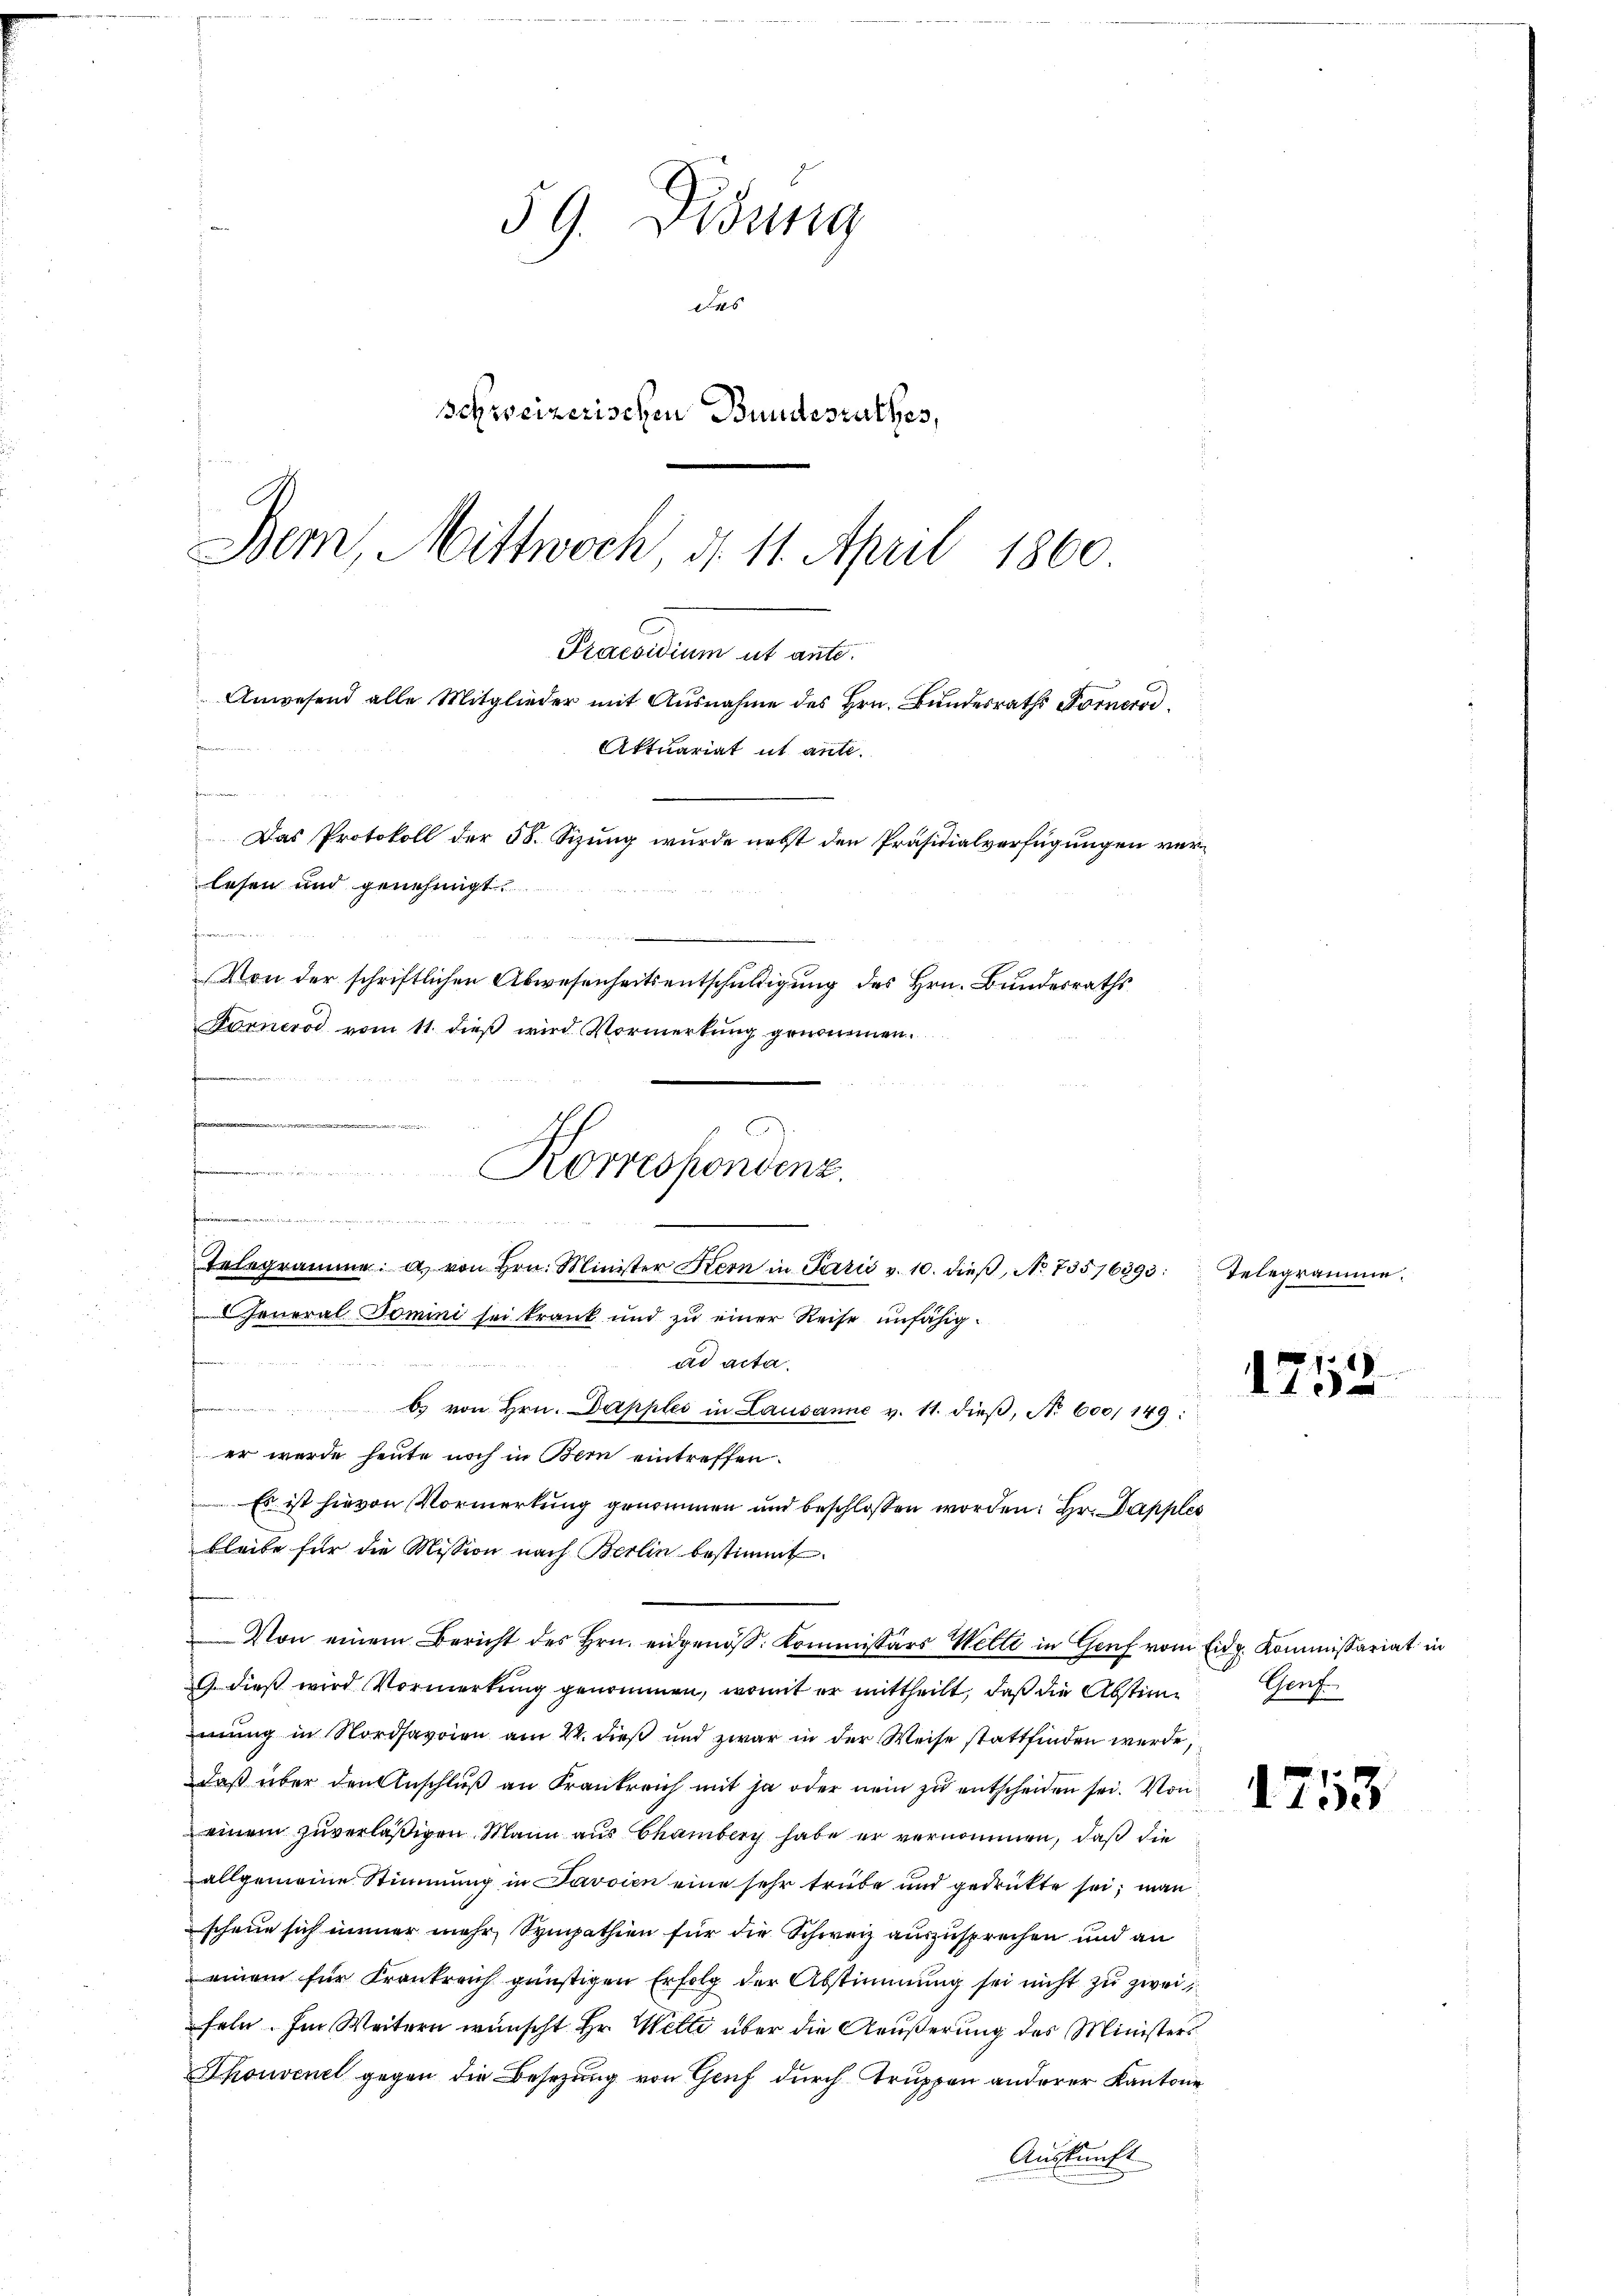
59. Didung
des
schweizerischen Bundesrathes,
Bem, Mittwoch, d. 11. April 1860

s
Praesidium ut ante.
Anwesend alle Mitglieder mit Ausnahme des Hrn. Bundesraths Fornerod
d
Aktuariat ut ante.

Das Protokoll der 58. Sizung wurde nebst den Präsidialverfügungen verlesen und genehmigt.
Von der schriftlichen Abwesenheits entschŭldigŭng des Hrn. Bŭndesraths

..  ..  ..
Telegramme: a) von Hrn. Minister Kern in Paris v. 10. dieβ, No 73576393:
 General Domini sei krank und zu einer Reise unfähig¬

weder der den einen und die in der
i
Korrespondenz.

Forneros vom 11. dieß wird Vormerkung genommen.

ad acta.

C von Hrn. Dapples in Lausanne v. 11. dieβ, No 600/149:
er werde heute noch in Bern eintreffen
Es ist hievon Vormerkung genommen und beschlossen worden: Hr. Dapples
bleibe für die Mission nach Berlin bestimmt.
G. dieß wird Vormerkung genommen, womit er mittheilt, daß die Abstimmung in Nordsavoien am 22. dieß und zwar in der Weise stattfinden werde,
Daß über den Anschluß an Krankreich mit ja oder nein zu entscheiden sei. Von
einem zuverläßigen. Mann aus Chamberg habe er vernommen, daß die
allgemeine Stimmung in Javaien eine sehr trübe und gedrückte sei; man
scheue sich immer mehr Sympathien für die Schweiz auszusprechen und an
einem für Krankreich günstigen Erfolg der Abstimmung sei nicht zu zweifeln. Im Weitern wünscht Hr. Welti über die Aeußerung des Ministers
Thonvenet gegen die Besetzung von Genf durch Truppen anderer Kantone
Auskunft

Von einem Bericht des Hrn. eidgenöβ: Kommissärs Welti in Genf vom Eidg. Kommissariat in

Telegrame.

1752

Genf

1753